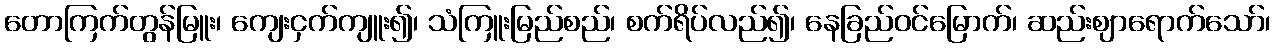
တောကြက်တွန်မြူး၊ ကျေးငှက်ကျူး၍၊ သံကြူးမြည်စည်၊ စက်ရိပ်လည်၍၊ နေခြည်ဝင်မြောက်၊ ဆည်းဈာရောက်သော်၊